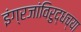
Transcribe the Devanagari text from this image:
इंग्रजांविरुद्धच्या